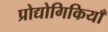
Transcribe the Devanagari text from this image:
प्रोद्योगिकियाँ